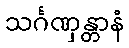
သင်္ဂဏှန္တာနံ